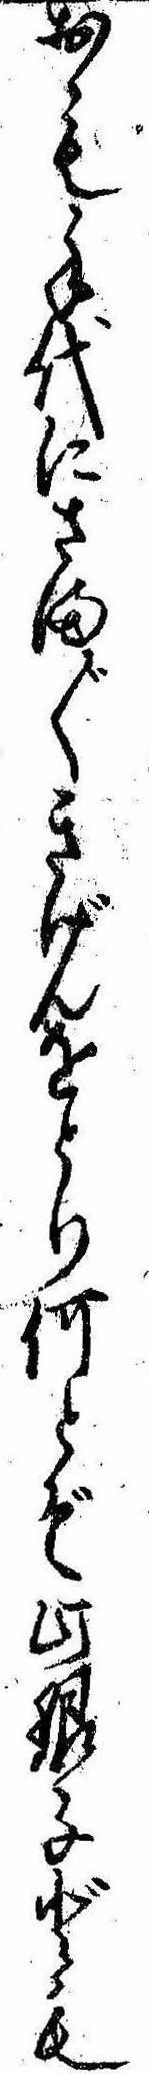
おも手代にさま〲きげんをとり何とぞ此銀子ども